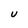
Character: U